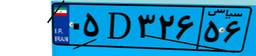
۰۴D۴۸۰۳۷